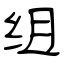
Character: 组